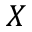
X